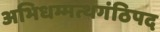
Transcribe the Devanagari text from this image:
अभिधम्मत्थगंठिपद